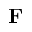
\mathbf { F }